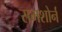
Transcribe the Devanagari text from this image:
रामशोर्न